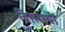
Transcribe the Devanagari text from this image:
विसरल्या